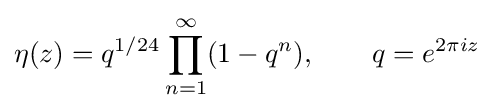
\eta (z)=q^{1/24}\prod _{n=1}^{\infty }(1-q^{n}),\qquad q=e^{2\pi iz}